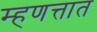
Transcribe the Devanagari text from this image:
म्हणत्तात